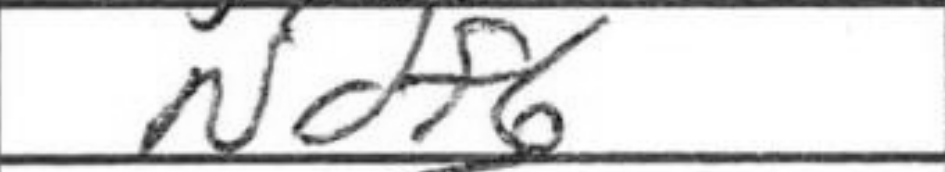
Transcription: Ndf6